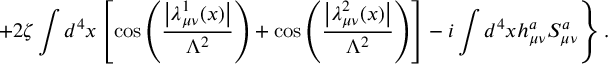
\left. + 2 \zeta \int d ^ { 4 } x \left[ \cos \left( \frac { \left| \lambda _ { \mu \nu } ^ { 1 } ( x ) \right| } { \Lambda ^ { 2 } } \right) + \cos \left( \frac { \left| \lambda _ { \mu \nu } ^ { 2 } ( x ) \right| } { \Lambda ^ { 2 } } \right) \right] - i \int d ^ { 4 } x h _ { \mu \nu } ^ { a } { \cal S } _ { \mu \nu } ^ { a } \right\} .